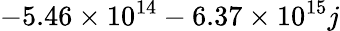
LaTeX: -5.46\times 10^{14}-6.37\times 10^{15}j